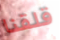
قلقنا